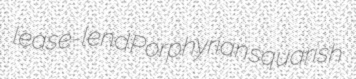
lease-lend Porphyrian squarish